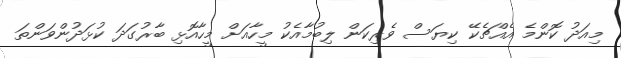
މިއަދު ކޮންމެ އެއްޗެކޭ ކިޔަސް ވެރިކަން ލިބުމާއެކު މީހާއަށް މީހާއޮޅި ބާރުގަދަ ކުޅަދުންވަންތަ